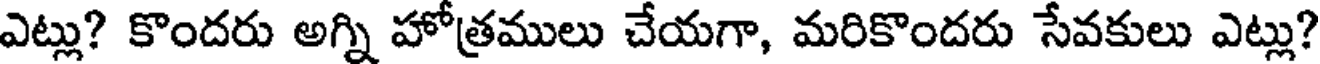
ఎట్లు? కొందరు అగ్ని హోత్రములు చేయగా, మరికొందరు సేవకులు ఎట్లు?